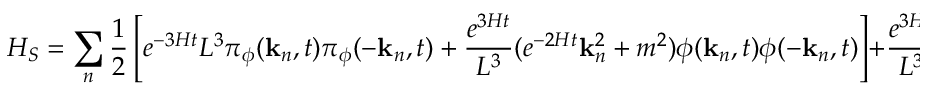
H _ { S } = \sum _ { n } \frac { 1 } { 2 } \left[ e ^ { - 3 H t } L ^ { 3 } \pi _ { \phi } ( { \bf k } _ { n } , t ) \pi _ { \phi } ( - { \bf k } _ { n } , t ) + \frac { e ^ { 3 H t } } { L ^ { 3 } } ( e ^ { - 2 H t } { \bf k } _ { n } ^ { 2 } + m ^ { 2 } ) \phi ( { \bf k } _ { n } , t ) \phi ( - { \bf k } _ { n } , t ) \right] + \frac { e ^ { 3 H t } } { L ^ { 3 } } V _ { F } ,